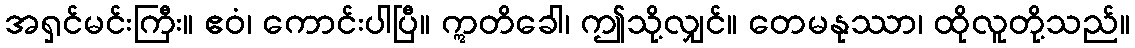
အရှင်မင်းကြီး။ ဧဝံ၊ ကောင်းပါပြီ။ ဣတိခေါ၊ ဤသို့လျှင်။ တေမနုဿာ၊ ထိုလူတို့သည်။